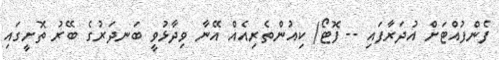
ފެންފުއްޓަށް އުދަރާފައި -- ފޮޓޯ/ ކިއުންތެރިއެއް އޭނާ ވިދާޅުވީ ބަނދަރުގެ ބޭރު ތޮށީގައި